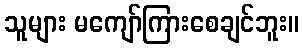
သူများ မကျော်ကြားစေချင်ဘူး။